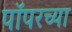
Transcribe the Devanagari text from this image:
पॉपरच्या